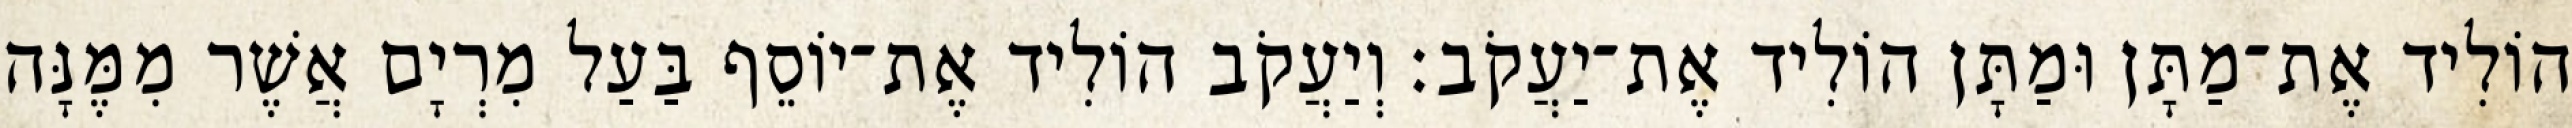
הוֹלִיד אֶת־מַתָּן וּמַתָּן הוֹלִיד אֶת־יַעֲקֹב׃ וְיַעֲקֹב הוֹלִיד אֶת־יוֹסֵף בַּעַל מִרְיָם אֲשֶׁר מִמֶּנָּה